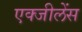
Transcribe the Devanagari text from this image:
एक्जीलेंस